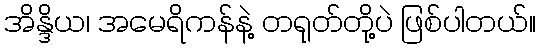
အိန္ဒိယ၊ အမေရိကန်နဲ့ တရုတ်တို့ပဲ ဖြစ်ပါတယ်။